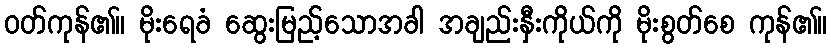
ဝတ်ကုန်၏။ မိုးရေခံ ဆွေးမြည့်သောအခါ အချည်းနှီးကိုယ်ကို မိုးစွတ်စေ ကုန်၏။